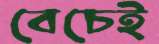
বেচেই